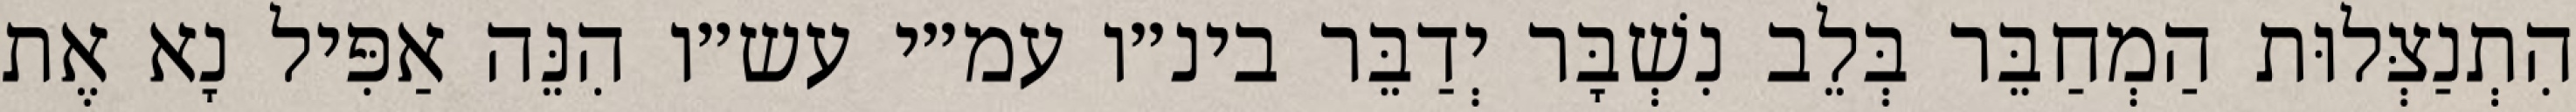
הִתְנַצְּלוּת הַמְחַבֵּר בְּלֵב נִשְׁבָּר יְדַבֵּר בינ״ו עמ״י עש״ו הִנֵּה אַפִּיל נָא אֶת